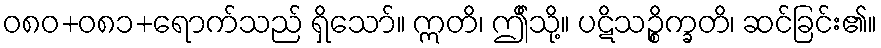
ဝ၈၀+၀၈၁+ရောက်သည် ရှိသော်။ ဣတိ၊ ဤိသို့။ ပဋိသဉ္စိက္ခတိ၊ ဆင်ခြင်း၏။